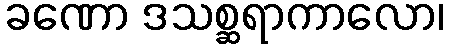
ခဏော ဒသစ္ဆရာကာလော၊